Source: Handwritten
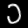
Digit: ၁ (1)